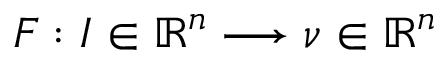
\begin{array} { r } { F : I \in \mathbb { R } ^ { n } \longrightarrow \nu \in \mathbb { R } ^ { n } } \end{array}